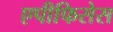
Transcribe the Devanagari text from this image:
एपीफिसेस